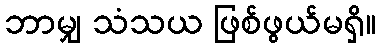
ဘာမျှ သံသယ ဖြစ်ဖွယ်မရှိ။